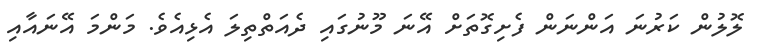
ލޮލުން ކަރުނަ އަންނަން ފެށިގޮތަށް އޭނަ މޫނުގައި ދެއަތްތިލަ އެޅިއެވެ. މަންމަ އޭނައާއި